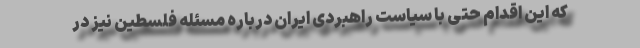
که این اقدام حتی با سیاست راهبردی ایران درباره مسئله فلسطین نیز در